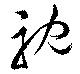
視